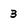
Character: 3